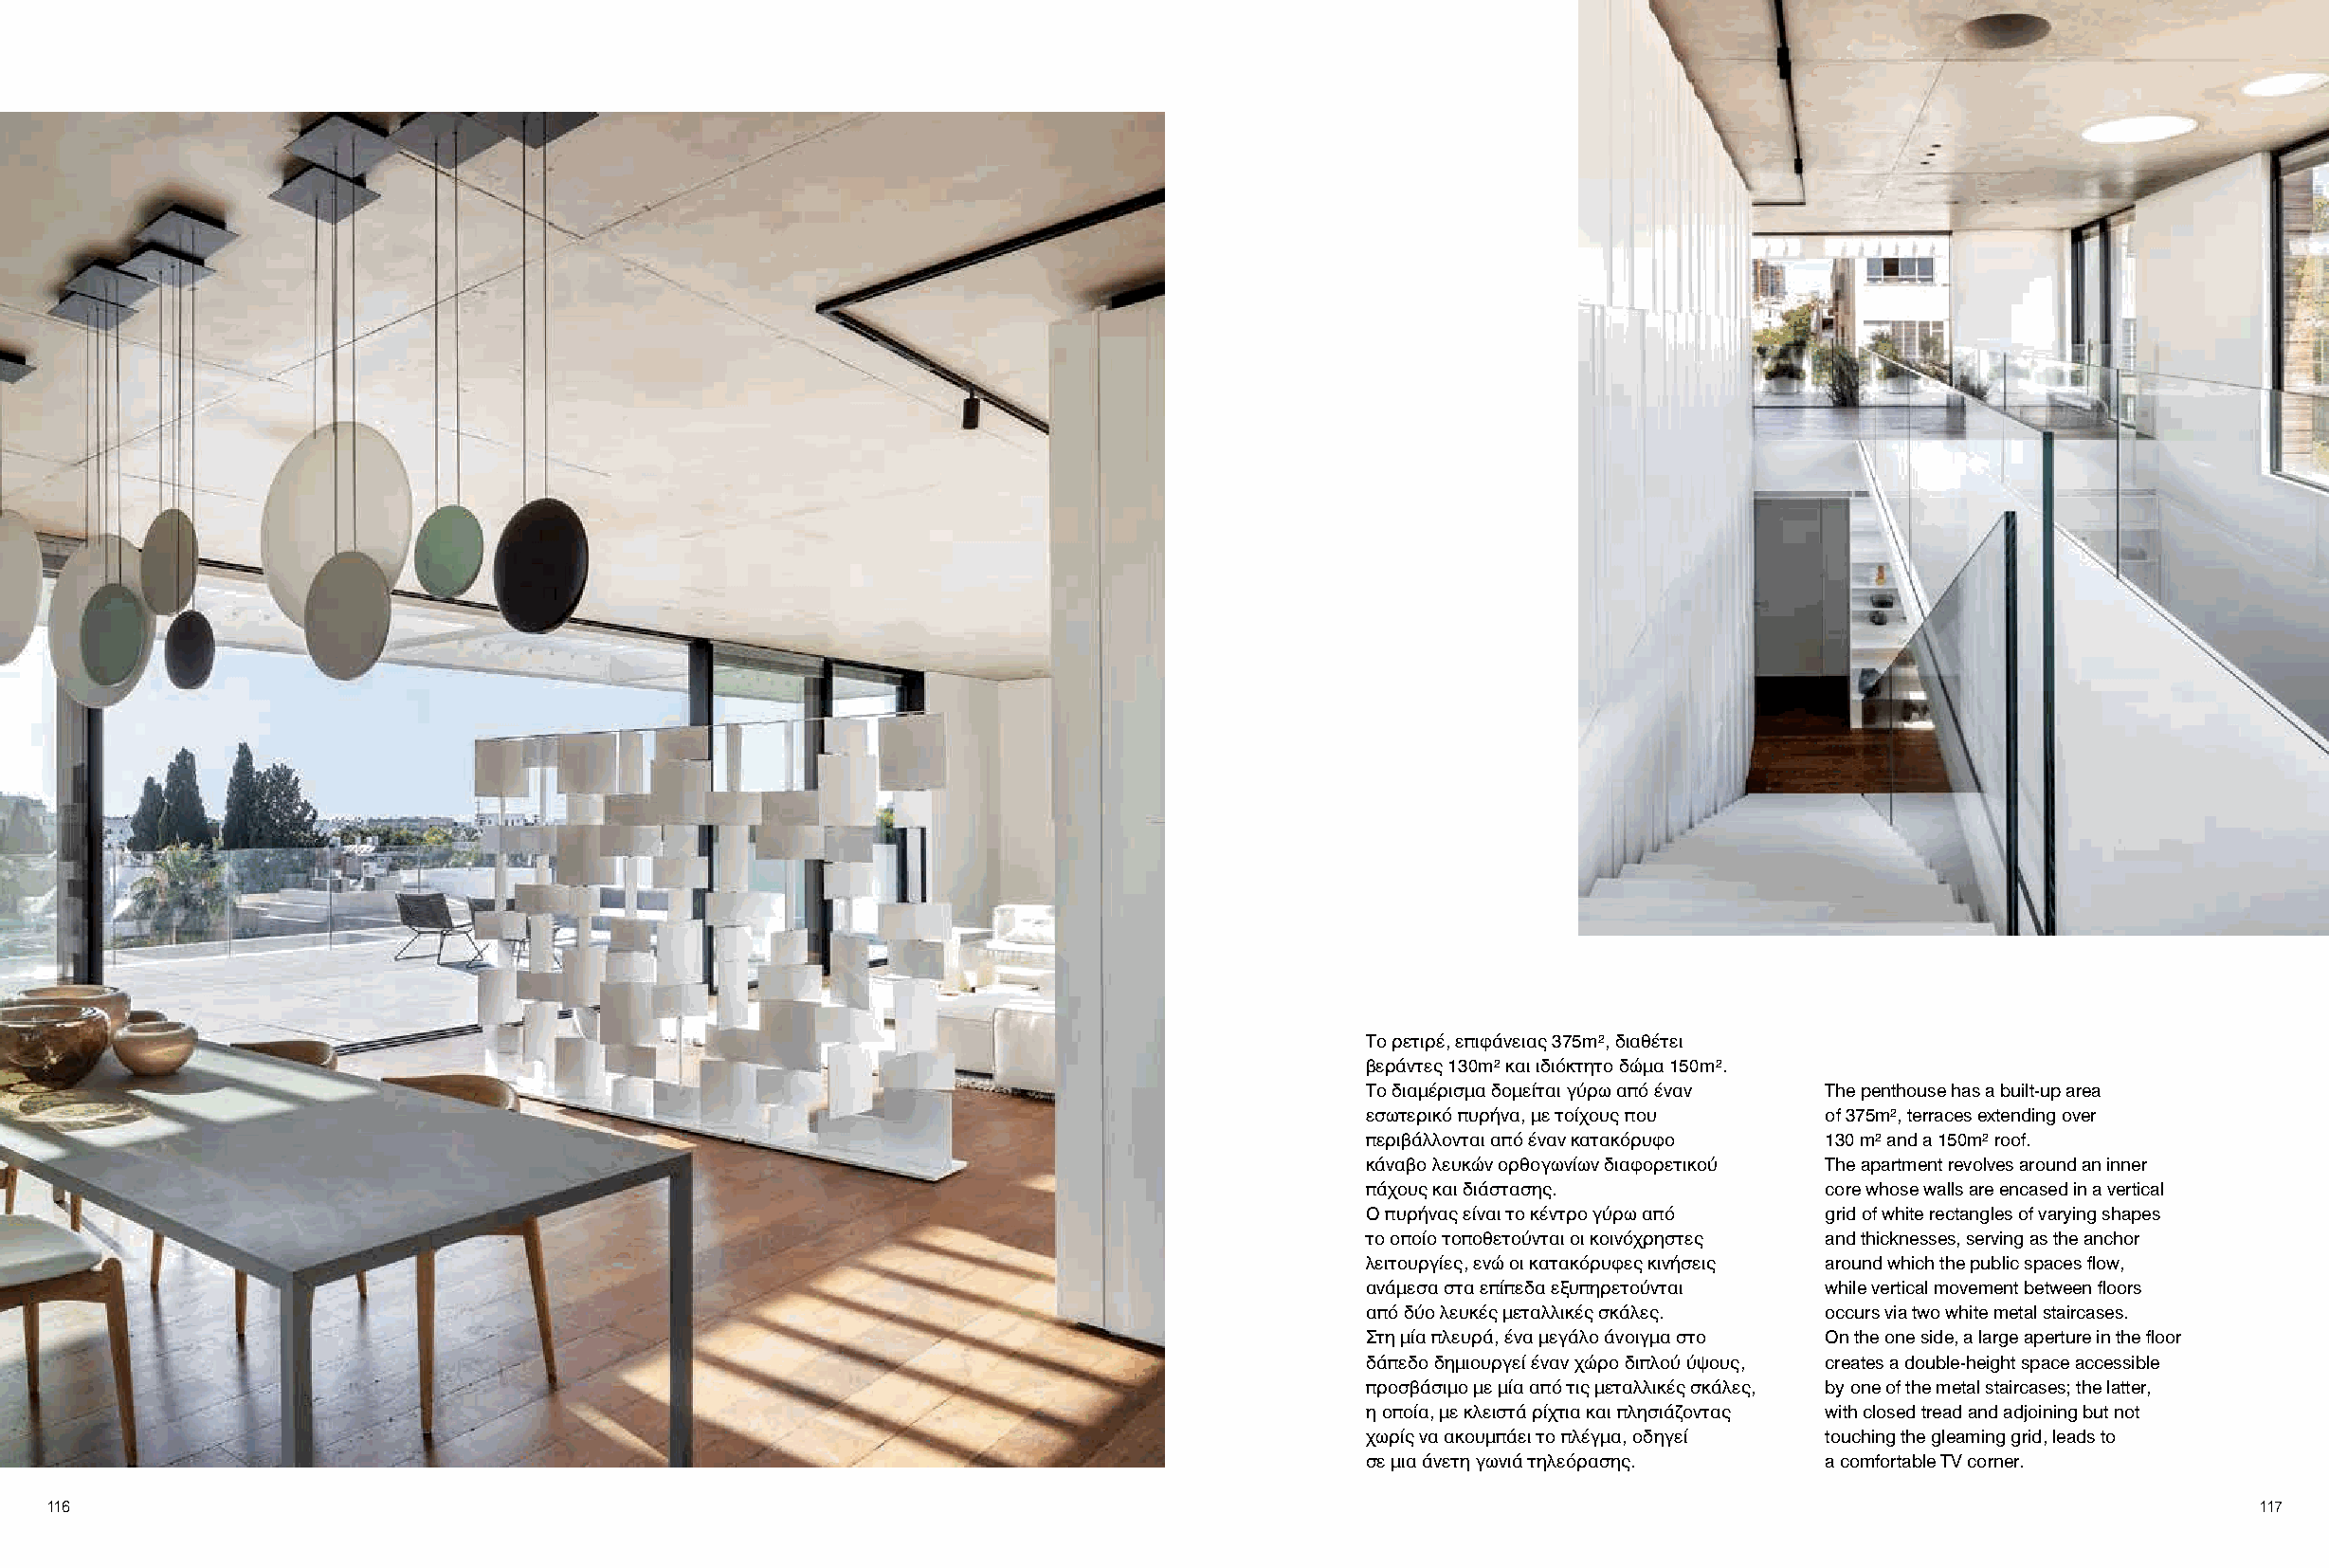
Το ρετιρέ, επιφάνειας 375m², διαθέτει
 βεράντες 130m² και ιδιόκτητο δώμα 150m².
 Το διαμέρισμα δομείται γύρω από έναν The penthouse has a built-up area
 εσωτερικό πυρήνα, με τοίχους που of 375m², terraces extending over
 περιβάλλονται από έναν κατακόρυφο 130 m² and a 150m² roof.
 κάναβο λευκών ορθογωνίων διαφορετικού The apartment revolves around an inner
 πάχους και διάστασης.           core whose walls are encased in a vertical
 Ο πυρήνας είναι το κέντρο γύρω από grid of white rectangles of varying shapes
 το οποίο τοποθετούνται οι κοινόχρηστες and thicknesses, serving as the anchor
 λειτουργίες, ενώ οι κατακόρυφες κινήσεις around which the public spaces flow,
 ανάμεσα στα επίπεδα εξυπηρετούνται while vertical movement between floors
 από δύο λευκές μεταλλικές σκάλες. occurs via two white metal staircases.
 Στη μία πλευρά, ένα μεγάλο άνοιγμα στο On the one side, a large aperture in the floor
 δάπεδο δημιουργεί έναν χώρο διπλού ύψους, creates a double-height space accessible
 προσβάσιμο με μία από τις μεταλλικές σκάλες, by one of the metal staircases; the latter,
 η οποία, με κλειστά ρίχτια και πλησιάζοντας with closed tread and adjoining but not
 χωρίς να ακουμπάει το πλέγμα, οδηγεί touching the gleaming grid, leads to
 σε μια άνετη γωνιά τηλεόρασης.  a comfortable TV corner.
 116                                                                                                                                                        117